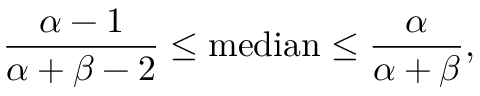
{ \frac { \alpha - 1 } { \alpha + \beta - 2 } } \leq { \mathrm { m e d i a n } } \leq { \frac { \alpha } { \alpha + \beta } } ,